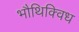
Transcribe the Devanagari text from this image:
भौथिक्विध